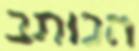
הכותב